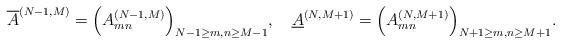
LaTeX: \begin{align*}\overline{A}^{(N-1,M)}=\Bigl(A^{(N-1,M)}_{mn}\Bigr)_{N-1\ge m,n\ge M-1},\quad\underline{A}^{(N,M+1)}=\Bigl(A^{(N,M+1)}_{mn}\Bigr)_{N+1\ge m,n\ge M+1}.\end{align*}